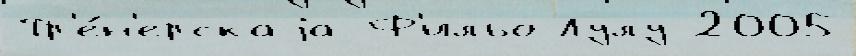
Тр'е́н'ерскаjа Ф'ильо Лулу 2005